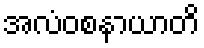
အလံဝစနာယာတိ